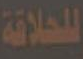
للحلاقة